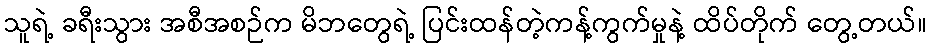
သူရဲ့ ခရီးသွား အစီအစဉ်က မိဘတွေရဲ့ ပြင်းထန်တဲ့ကန့်ကွက်မှုနဲ့ ထိပ်တိုက် တွေ့တယ်။